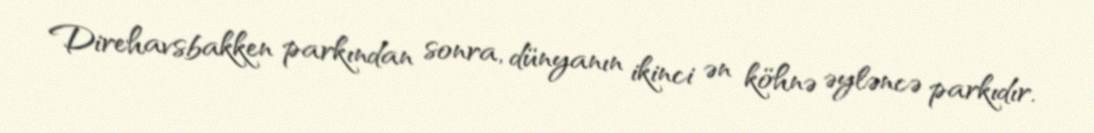
Direhavsbakken parkından sonra, dünyanın ikinci ən köhnə əyləncə parkıdır.